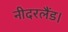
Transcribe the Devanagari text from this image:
नीदरलैंड।